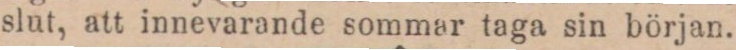
slut, att innevarande sommar taga sin början.